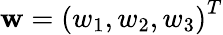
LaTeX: \mathbf{w}=\left(w_{1},w_{2},w_{3}\right)^{T}